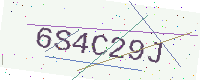
Text: 6S4C29J